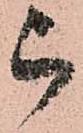
被